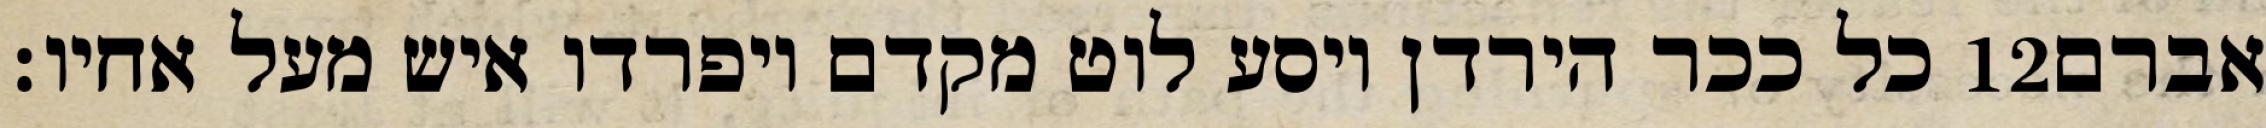
כל ככר הירדן ויסע לוט מקדם ויפרדו איש מעל אחיו׃ ‎12‏ אברם